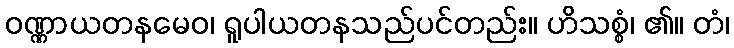
ဝဏ္ဏာယတနမေဝ၊ ရူပါယတနသည်ပင်တည်း။ ဟိသစ္စံ၊ ၏။ တံ၊